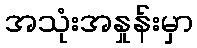
အသုံးအနှုန်းမှာ